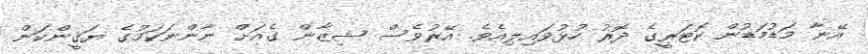
އޭނާ މަޑުމަޑުން ކޮޓަރީގެ ދޮރު ހުޅުވައިލިއެެވެ. އޭރުވެސް ޝިޒާން ގެއަށް ނާންނަކަމުގެ ޔަޤީންކަން